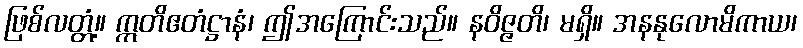
ဖြစ်လတ္တံ့။ ဣတိဧတံဋ္ဌာနံ၊ ဤအကြောင်းသည်။ နဝိဇ္ဇတိ၊ မရှိ။ အနနုလောမိကာယ၊